Report on vaccination North-West Frontier Province 1904-1922 - 1904-1922
Year: 1904
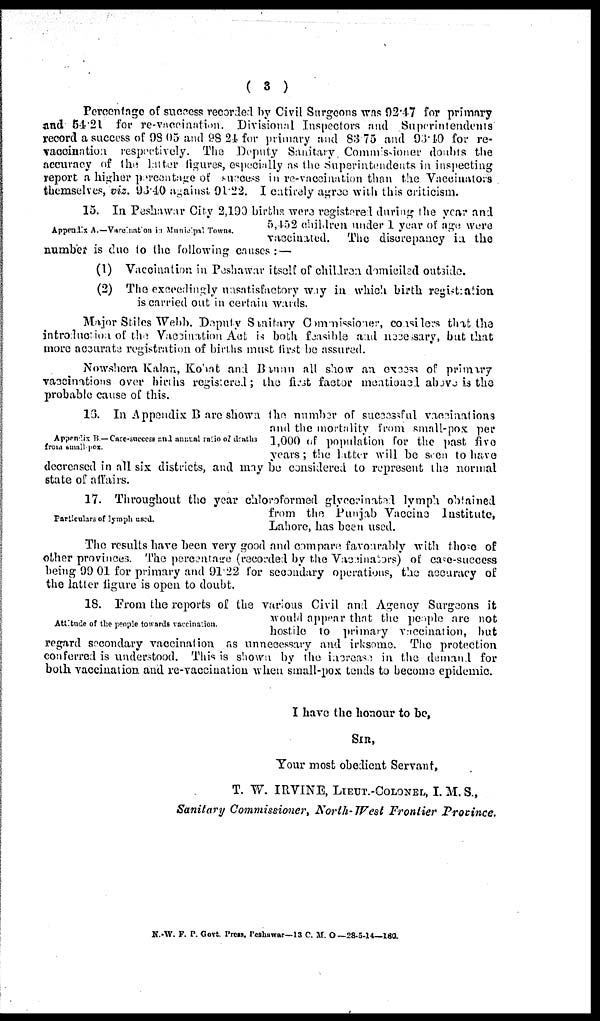
( 3 )
Percentage of success recorded by Civil Surgeons was 92.47 for primary
and 54.21 for re-vaccination. Divisional Inspectors and Superintendents
record a success of 98.05 and 98.24 for primary and 83.75 and 93.40 for re¬
vaccination respectively. The Deputy Sanitary Commissioner doubts the
accuracy of the latter figures, especially as the Superintendents in inspecting
report a higher percentage of success in re-vaccination than the Vaccinators
themselves, viz. 93.40 against 91.22. I entirely agree with this criticism.
Appendix A.—Vaccination in Municipal Towns.
15. In Peshawar City 2,190 births were registered during the year and
5,452 children under 1 year of age were
vaccinated. The discrepancy in the
number is due to the following causes:—
(1) Vaccination in Peshawar itself of children domiciled outside.
(2) The exceedingly unsatisfactory way in which birth registration
is carried out in certain wards.
Major Stiles Webb. Deputy Sanitary Commissioner, considers that the
introduction of the Vaccination Act is both feasible and necessary, but that
more accurate registration of births must first be assured.
Nowshera Kalan, Kohat and Bannu all show an excess of primary
vaccinations over births registered; the first factor mentioned above is the
probable cause of this.
Appendix B— Case-success and annual ratio of deaths
from small-pox.
16. In Appendix B are shown the number of successful vaccinations
and the mortality from small-pox per
1,000 of population for the past five
years; the latter will be seen to have
decreased in all six districts, and may be considered to represent the normal
state of affairs.
Particulars of lymph used.
17. Throughout the year chloroformed glycerinated lymph obtained
from the Punjab Vaccine Institute,
Lahore, has been used.
The results have been very good and compare favourably with those of
other provinces. The percentage (recorded by the Vaccinators) of case-success
being 99.01 for primary and 91.22 for secondary operations, the accuracy of
the latter figure is open to doubt.
Attitude of the people towards vaccination.
18. From the reports of the various Civil and Agency Surgeons it
would appear that the people are not
hostile to primary vaccination, but
regard secondary vaccination as unnecessary and irksome. The protection
conferred is understood. This is shown by the increase in the demand for
both vaccination and re-vaccination when small-pox tends to become epidemic.
I have the honour to be,
SIR,
Your most obedient Servant,
T. W. IRVINE, LIEUT.-COLONEL, I. M. S.,
Sanitary Commissioner, North-West Frontier Province.
N.-W. F. P. Govt. Press. Peshawar—13 C. M. O —28-5-14—180.